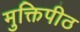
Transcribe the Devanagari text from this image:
मुक्तिपीठ